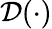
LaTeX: \mathcal{D}(\cdot)